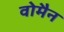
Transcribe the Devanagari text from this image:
वोमैन